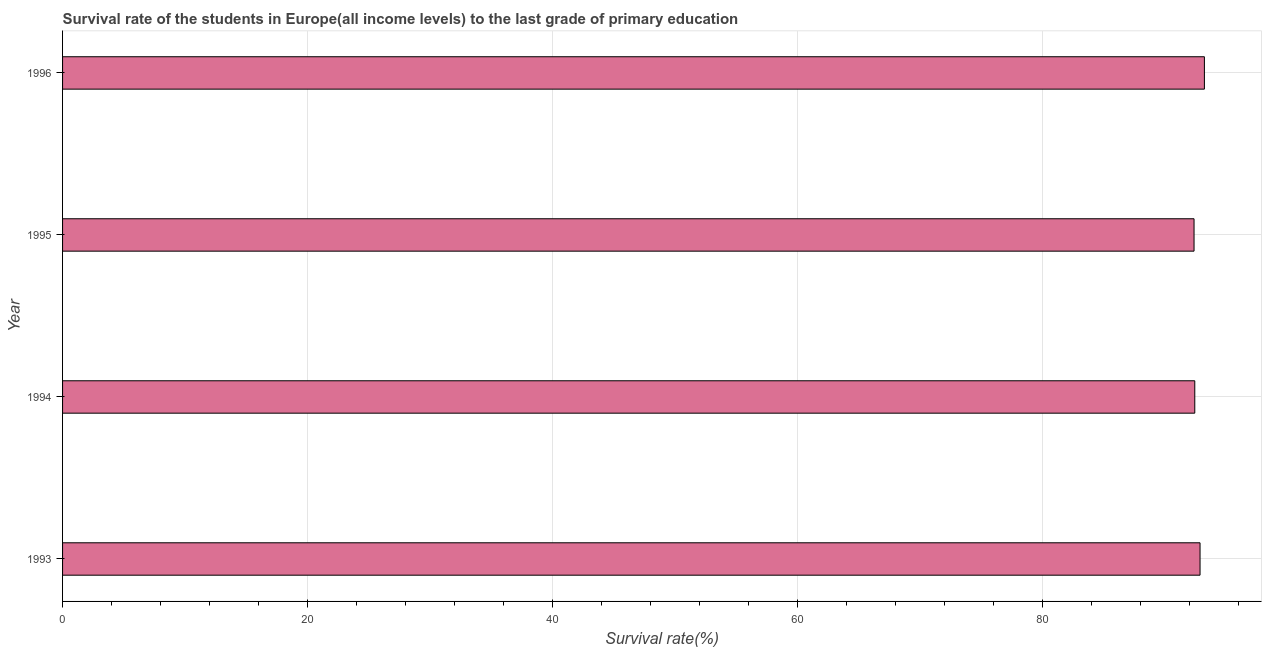
| Year | Primary Education |
 | --- | --- |
 | 1993 | 92.9 |
 | 1994 | 92.5 |
 | 1995 | 92.4 |
 | 1996 | 93.2 |